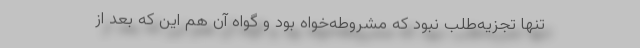
تنها تجزیه‌طلب نبود که مشروطه‌خواه بود و گواه آن هم این که بعد از